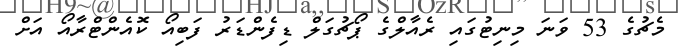
މެޗުގެ 53 ވަނަ މިނިޓުގައި ރެއާލްގެ ޕޯޗުގަލް ޑިފެންޑަރު ފަބިއޯ ކޮއެންޓްރާއޯ އަށް